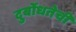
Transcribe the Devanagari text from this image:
दुर्बोधतेची